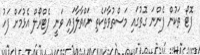
ފޮޓޯ ތަކުން ފެންނަ ގޮތުގައި މަސްތުވާތަކެތި ނައްތާލާފައި ވަނީ ޕެޓްރޯލް އެޅުމަށް ފަހު